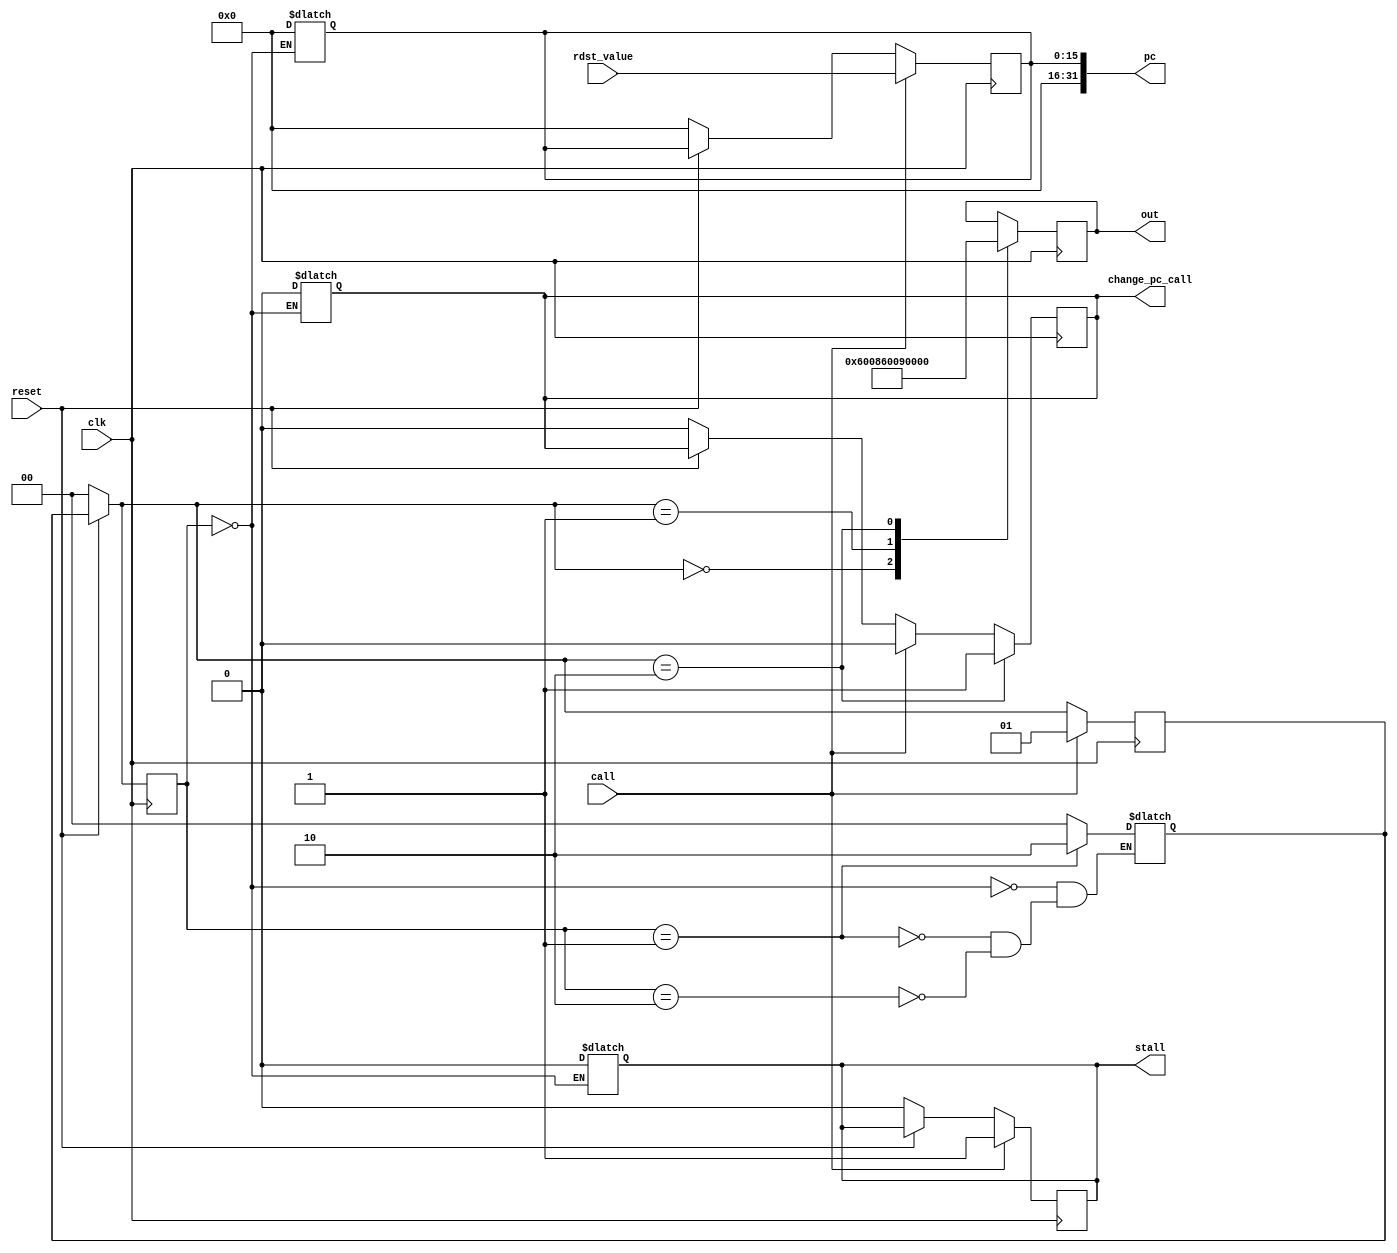
module call_fsm(reset,call,clk,rdst_value,out,pc,stall,change_pc_call);

parameter PUSH_PC_LOW = 2'b00;
parameter PUSH_PC_HIGH = 2'b01;
parameter CHANGE_PC_CALL = 2'b10;

parameter PUSH_PC_LOW_OP = 16'b0110000000001000;
parameter PUSH_PC_HIGH_OP = 16'b0110000000001001;

input call,clk,reset;
input [15:0]rdst_value;

output reg [15:0]out;
output reg stall;
output [31:0]pc;
output reg change_pc_call;


reg [1:0]current_state;
reg [1:0]next_state;
reg [15:0]rdst_reg;


assign pc = {16'b0,rdst_reg};

always @(posedge clk) begin
	if(!reset)begin 
		current_state = PUSH_PC_LOW;
		next_state = PUSH_PC_LOW;
		stall = 0;
		rdst_reg = 0;
		change_pc_call = 0;
	end
	current_state = next_state;
	if(call) begin
		rdst_reg = rdst_value;
		next_state = PUSH_PC_HIGH;
		stall = 1;
		change_pc_call = 0;
	end

	case (current_state)
		PUSH_PC_LOW: 
			out = PUSH_PC_LOW_OP;
		PUSH_PC_HIGH:
			out = PUSH_PC_HIGH_OP;
		CHANGE_PC_CALL: begin
			change_pc_call = 1'b1;
			out = 16'b0;
		end
	endcase

end

always @(current_state)begin
	case (current_state)
		PUSH_PC_LOW: begin
			next_state = PUSH_PC_LOW;
			stall = 0;
			rdst_reg = 0;
			change_pc_call = 0;
		end
		PUSH_PC_HIGH:
			next_state = CHANGE_PC_CALL;
		CHANGE_PC_CALL:
			next_state = PUSH_PC_LOW;
	endcase
end


endmodule